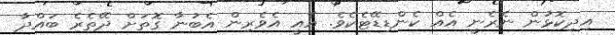
އިދިކޮޅުން ނެރެނީ އެއް ކެންޑިޑޭޓެކެވެ. އެއީ އެވެރިން އެބުނާ ގޮތަށް ދޭތެރެ ބައްދާ